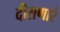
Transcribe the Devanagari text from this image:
दीसणारं